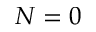
N = 0